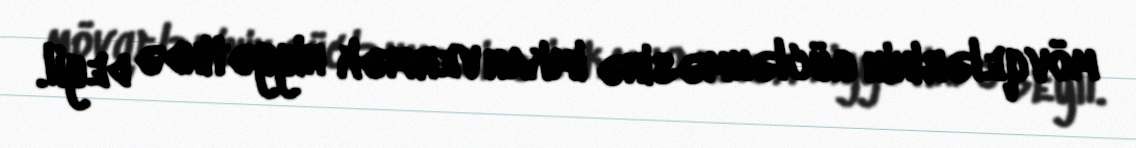
mövqelərinin güclənməsinə imkan vermək niyyətində deyil.